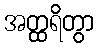
အတ္ထရိတွာ